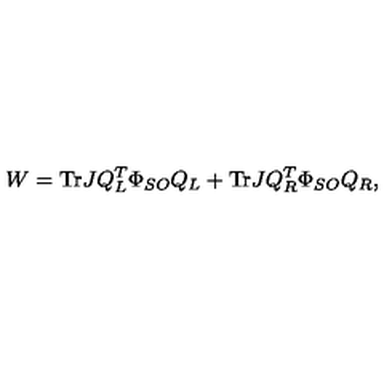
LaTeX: W = \mathrm { T r } J Q _ { L } ^ { T } \Phi _ { S O } Q _ { L } + \mathrm { T r } J Q _ { R } ^ { T } \Phi _ { S O } Q _ { R } ,